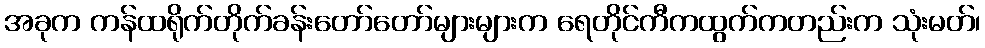
အခုက ကန်ထရိုက်တိုက်ခန်းတော်တော်များများက ရေတိုင်ကီကထွက်ကတည်းက သုံးမတ်၊